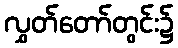
လွှတ်တော်တွင်း၌